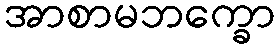
အာစာမဘက္ခော